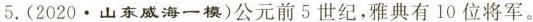
5.(2020·山东威海一模)公元前5世纪，雅典有10位将军。